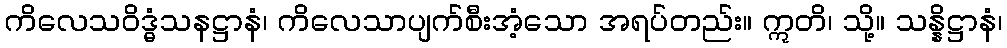
ကိလေသဝိဒ္ဓံသနဋ္ဌာနံ၊ ကိလေသာပျက်စီးအံ့သော အရပ်တည်း။ ဣတိ၊ သို့။ သန္နိဋ္ဌာနံ၊